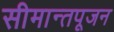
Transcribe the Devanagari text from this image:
सीमान्तपूजन